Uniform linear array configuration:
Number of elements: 24
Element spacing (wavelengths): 0.5
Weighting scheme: hamming
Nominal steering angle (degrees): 15
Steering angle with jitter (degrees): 15.578
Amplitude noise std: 0.05
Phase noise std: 0.05

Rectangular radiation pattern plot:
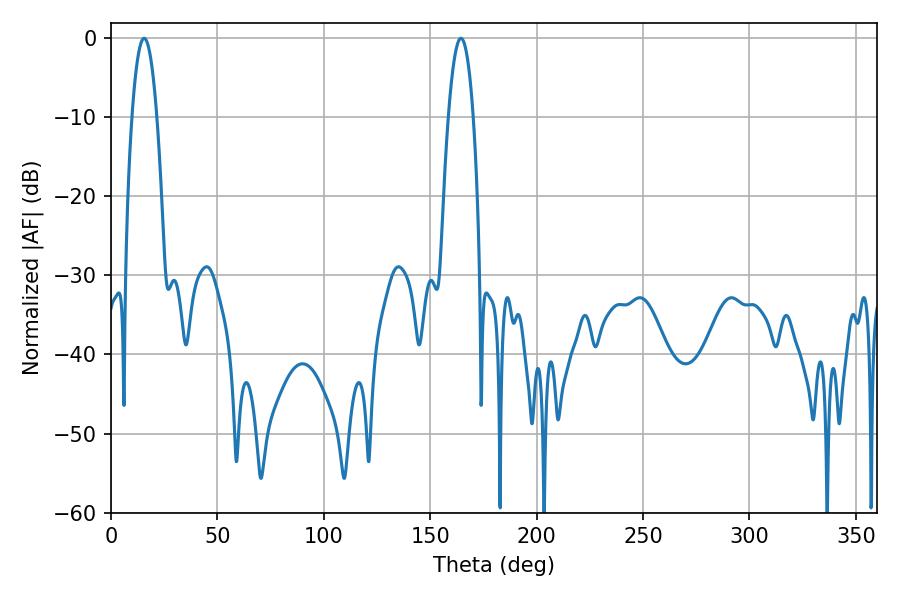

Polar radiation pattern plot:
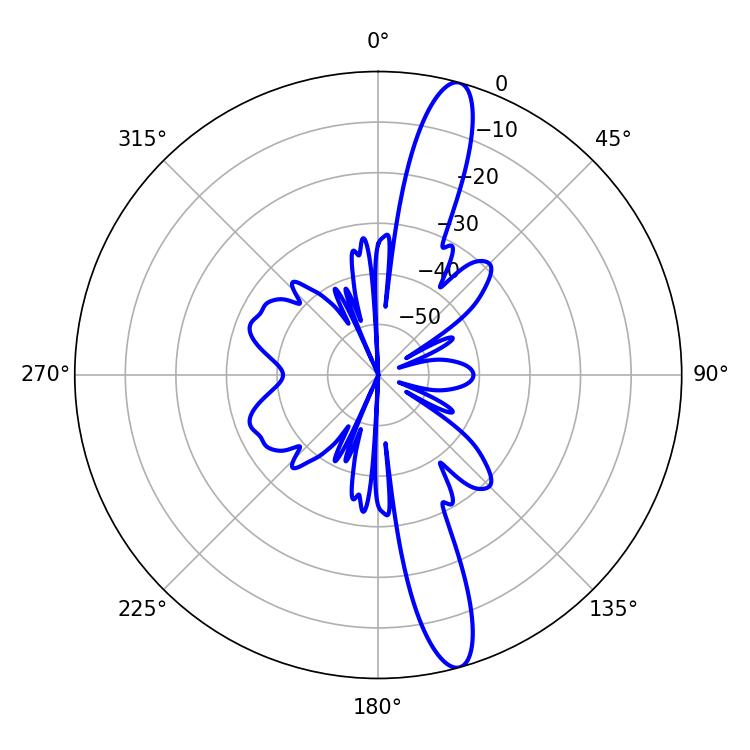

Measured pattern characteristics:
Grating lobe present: FALSE
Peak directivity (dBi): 14.857
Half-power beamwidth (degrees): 6.48
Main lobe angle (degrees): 15.48